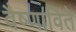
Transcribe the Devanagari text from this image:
वैष्णाविते